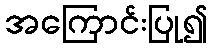
အကြောင်းပြု၍